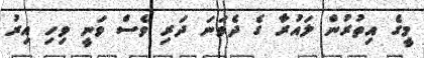
މީގެ އިތުރުން ލައުރާ ގެ ދެވަނަ ދަރި ވެސް ވަނީ ވިހި އިރު